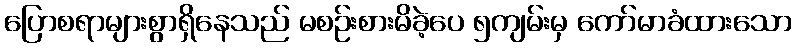
ပြောစရာများစွာရှိနေသည် မစဉ်းစားမိခဲ့ပေ ၅ကျမ်းမှ ကော်မာခံထားသော